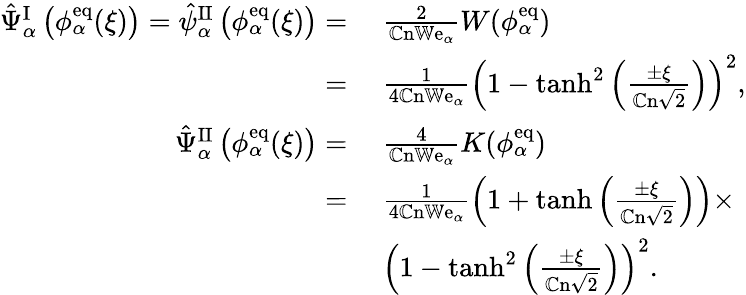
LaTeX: \begin{array}{rl}{\hat{\Psi}_{\alpha}^{\mathrm{I}}\left(\phi_{\alpha}^{\mathrm{eq}}(\xi)\right)=\hat{\psi}_{\alpha}^{\mathrm{II}}\left(\phi_{\alpha}^{\mathrm{eq}}(\xi)\right)=}&{~\frac{2}{\mathbb{C}\mathrm{n}\mathbb{W}\mathrm{e}_{\alpha}}W(\phi_{\alpha}^{\mathrm{eq}})}\\ {=}&{~\frac{1}{4\mathbb{C}\mathrm{n}\mathbb{W}\mathrm{e}_{\alpha}}\left(1-\operatorname{tanh}^{2}\left(\frac{\pm\xi}{\mathbb{C}\mathrm{n}\sqrt{2}}\right)\right)^{2},}\\ {\hat{\Psi}_{\alpha}^{\mathrm{II}}\left(\phi_{\alpha}^{\mathrm{eq}}(\xi)\right)=}&{~\frac{4}{\mathbb{C}\mathrm{n}\mathbb{W}\mathrm{e}_{\alpha}}K(\phi_{\alpha}^{\mathrm{eq}})}\\ {=}&{~\frac{1}{4\mathbb{C}\mathrm{n}\mathbb{W}\mathrm{e}_{\alpha}}\left(1+\operatorname{tanh}\left(\frac{\pm\xi}{\mathbb{C}\mathrm{n}\sqrt{2}}\right)\right)\times}\\ &{~\left(1-\operatorname{tanh}^{2}\left(\frac{\pm\xi}{\mathbb{C}\mathrm{n}\sqrt{2}}\right)\right)^{2}.}\end{array}